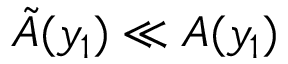
\tilde { A } ( y _ { 1 } ) \ll A ( y _ { 1 } )